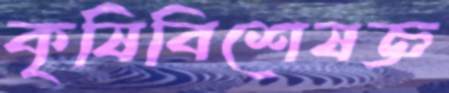
কৃষিবিশেষজ্ঞ